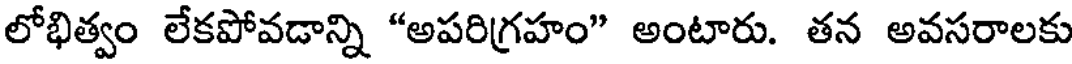
లోభిత్వం లేకపోవడాన్ని "అపరిగ్రహం" అంటారు. తన అవసరాలకు